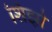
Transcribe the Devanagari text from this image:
शिंझो